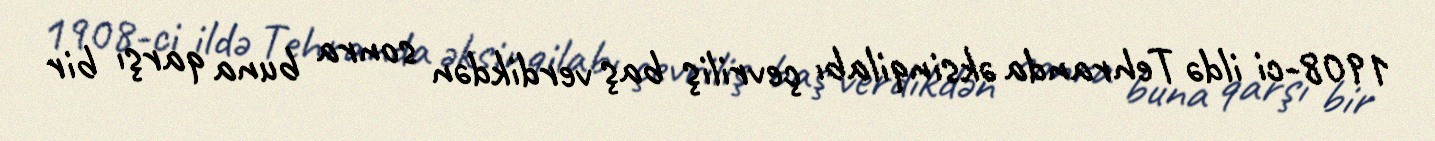
1908-ci ildə Tehranda əksinqilabı çevriliş baş verdikdən sonra buna qarşı bir